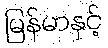
မြန်မာနှင့်